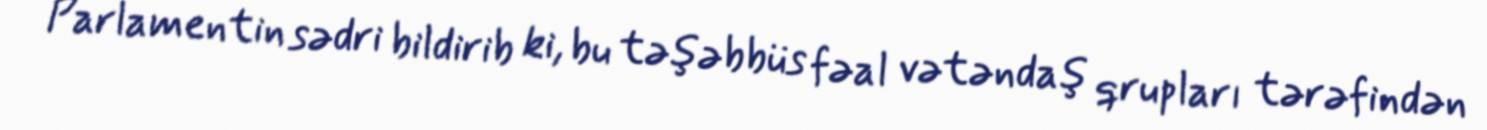
Parlamentin sədri bildirib ki, bu təşəbbüs fəal vətəndaş qrupları tərəfindən